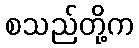
စသည်တို့က